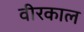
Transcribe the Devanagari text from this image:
वीरकाल